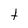
Character: t